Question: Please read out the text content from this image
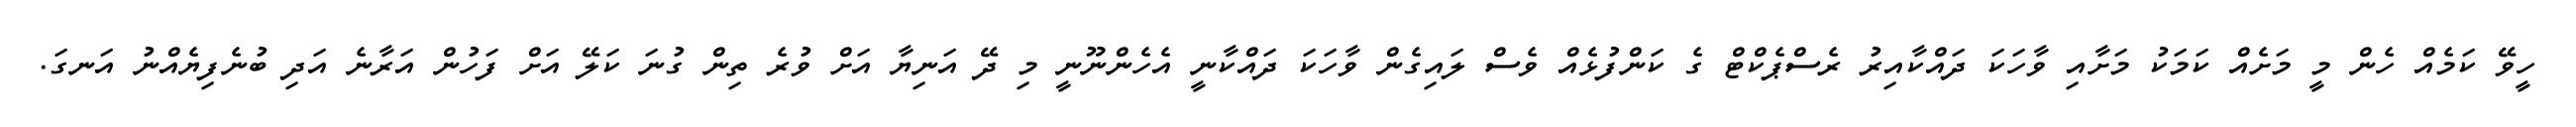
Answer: ހީވޭ ކަމެއް ހެން މީ މަށެއް ކަމަކު މަށާއި ވާހަކަ ދައްކާއިރު ރެސްޕެކްޓް ގެ ކަންފުޅެއް ވެސް ލައިގެން ވާހަކަ ދައްކާނީ އެހެންނޫނީ މި ދޭ އަނިޔާ އަށް ވުރެ ތިން ގުނަ ކަލޭ އަށް ފަހުން އަރާނެ އަދި ބުނެފިޔެއްނު އަނގަ.